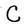
Character: C